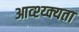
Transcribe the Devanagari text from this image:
आव्श्य्क्यता